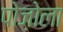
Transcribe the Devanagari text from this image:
पोज़ोला